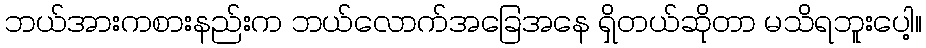
ဘယ်အားကစားနည်းက ဘယ်လောက်အခြေအနေ ရှိတယ်ဆိုတာ မသိရဘူးပေါ့။